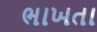
ભાખતા